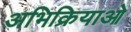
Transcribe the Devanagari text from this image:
अभिक्रियाओ